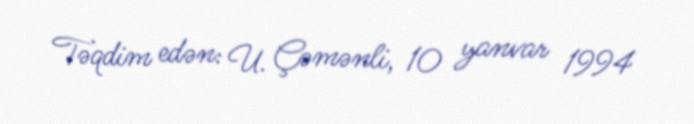
Təqdim edən: U. Çəmənli, 10 yanvar 1994